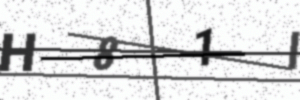
Text: H81I